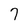
Character: 7